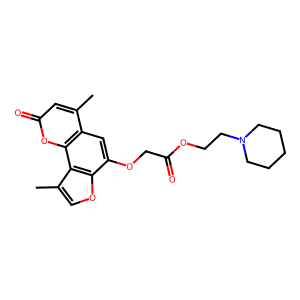
SMILES: Cc1cc(=O)oc2c1cc(OCC(=O)OCCN1CCCCC1)c1occ(C)c12
Inhibits HIV replication: No